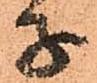
子